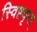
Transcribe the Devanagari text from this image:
स्विष्टकृत्